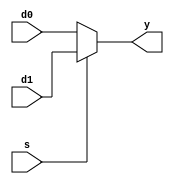
module mux2 #(parameter WIDTH = 32) //2-to-1 MUX Module
(input [WIDTH-1:0] d0, d1,//Data Input
input s,    //Select Pin
output [WIDTH-1:0] y);  //Selected Output
assign y = s ? d1 : d0; //if s is 1, take d1, else take d0
endmodule